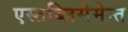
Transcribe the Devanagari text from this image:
एस्तब्लिसेमेन्त